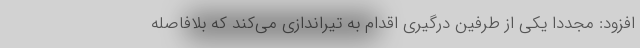
افزود: مجددا یکی از طرفین درگیری اقدام به تیراندازی می‌کند که بلافاصله